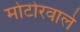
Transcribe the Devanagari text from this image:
मोटोरवाले